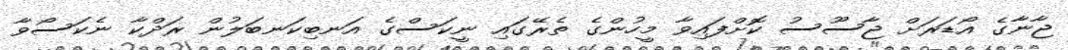
ޖާނާގެ އޯޑަރަށް ޖާސޫސު ކޮށްފައިވާ މީހުންގެ ތެރޭގައި ނީކަސްގެ އަނބިކަނބަލުން ރަދްކާ ނެކަސޯވާ